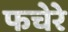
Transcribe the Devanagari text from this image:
फचेरे